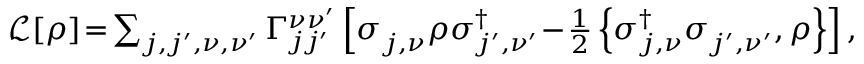
\begin{array} { r } { \mathcal L [ \rho ] \! = \! \sum _ { j , j ^ { \prime } , \nu , \nu ^ { \prime } } \Gamma _ { j j ^ { \prime } } ^ { \nu \nu ^ { \prime } } \left[ \sigma _ { j , \nu } ^ { \phantom { \dagger } } \rho \sigma _ { j ^ { \prime } , \nu ^ { \prime } } ^ { \dagger } \! - \! \frac { 1 } { 2 } \left\{ \sigma _ { j , \nu } ^ { \dagger } \sigma _ { j ^ { \prime } , \nu ^ { \prime } } ^ { \phantom { \dagger } } , \rho \right\} \right] , } \end{array}